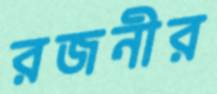
রজনীর